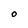
Character: O